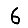
Digit: 6